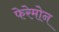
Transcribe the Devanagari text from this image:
फेरेमोन